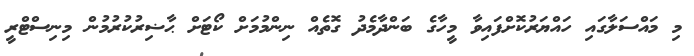
މި މައްސަލާގައި ހައްޔަރުކޮށްފައިވާ މީހާގެ ބަންދާމެދު ގޮތެއް ނިންމުމަށް ކޯޓަށް ޙާޟިރުކުރުމުން މިނިސްޓްރީ